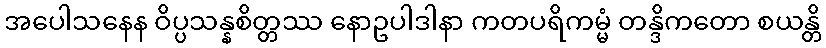
အပေါသနေန ဝိပ္ပသန္နစိတ္တဿ နောဥပါဒါနာ ကတပရိကမ္မံ တန္ဒိကတော စယန္တိ